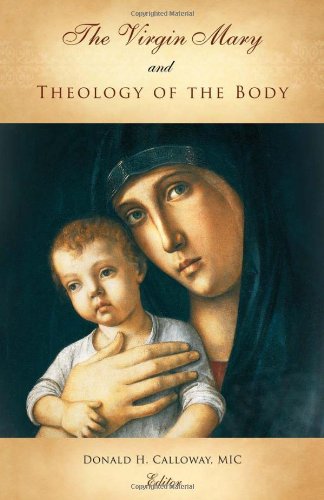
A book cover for The Virgin Mary and Theology of The Body; Compilation of essays; Christian Books & Bibles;